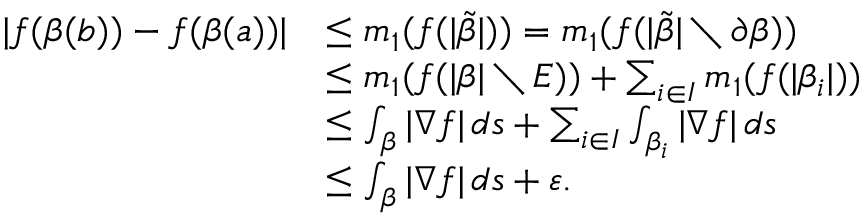
\begin{array} { r l } { | f ( \beta ( b ) ) - f ( \beta ( a ) ) | } & { \leq m _ { 1 } ( f ( | \widetilde \beta | ) ) = m _ { 1 } ( f ( | \widetilde \beta | \setminus \partial \beta ) ) } \\ & { \leq m _ { 1 } ( f ( | \beta | \setminus E ) ) + \sum _ { i \in I } m _ { 1 } ( f ( | \beta _ { i } | ) ) } \\ & { \leq \int _ { \beta } | \nabla f | \, d s + \sum _ { i \in I } \int _ { \beta _ { i } } | \nabla f | \, d s } \\ & { \leq \int _ { \beta } | \nabla f | \, d s + \varepsilon . } \end{array}